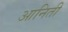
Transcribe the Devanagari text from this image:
आनिती